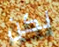
لكن